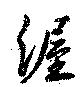
渥